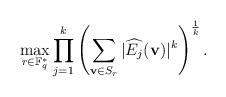
LaTeX: \begin{align*}\max\limits_{r\in \mathbb F_q^*}\prod\limits_{j=1}^k\left(\sum\limits_{{\bf v}\in S_r} |\widehat{E_j}({\bf v})|^k \right)^{\frac{1}{k}}.\end{align*}